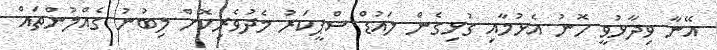
އޭނާ ވިދާޅުވީ ހޮނު އެޅުމާއި ގުޅިގެން ލައުޑް ސްޕީކަރު މެދުވެރިކޮށް ލިބުނު ގެއްލުންތައް